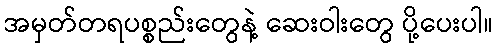
အမှတ်တရပစ္စည်းတွေနဲ့ ဆေးဝါးတွေ ပို့ပေးပါ။